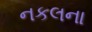
નકલના